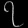
Digit: ၇